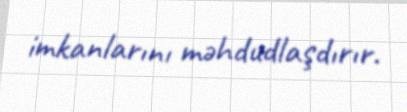
imkanlarını məhdudlaşdırır.